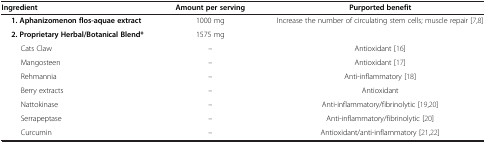
<table><thead><tr><td><b>Ingredient</b></td><td><b>Amount per serving</b></td><td><b>Purported benefit</b></td></tr></thead><tbody><tr><td><b>1. Aphanizomenon flos-aquae extract</b></td><td>1000 mg</td><td>Increase the number of circulating stem cells; muscle repair [7,8]</td></tr><tr><td><b>2. Proprietary Herbal/Botanical Blend*</b></td><td>1575 mg</td><td> </td></tr><tr><td>Cats Claw</td><td>–</td><td>Antioxidant [16]</td></tr><tr><td>Mangosteen</td><td>–</td><td>Antioxidant [17]</td></tr><tr><td>Rehmannia</td><td>–</td><td>Anti-inflammatory [18]</td></tr><tr><td>Berry extracts</td><td>–</td><td>Antioxidant</td></tr><tr><td>Nattokinase</td><td>–</td><td>Anti-inflammatory/fibrinolytic [19,20]</td></tr><tr><td>Serrapeptase</td><td>–</td><td>Anti-inflammatory/fibrinolytic [20]</td></tr><tr><td>Curcumin</td><td>–</td><td>Antioxidant/anti-inflammatory [21,22]</td></tr></tbody></table>